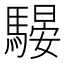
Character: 騴